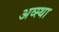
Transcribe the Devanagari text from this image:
अव्स्था